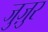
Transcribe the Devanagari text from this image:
जुज़ुर